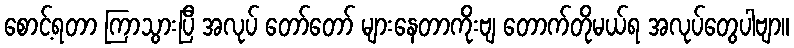
စောင့်ရတာ ကြာသွားပြီ အလုပ် တော်တော် များနေတာကိုးဗျ တောက်တိုမယ်ရ အလုပ်တွေပါဗျာ။